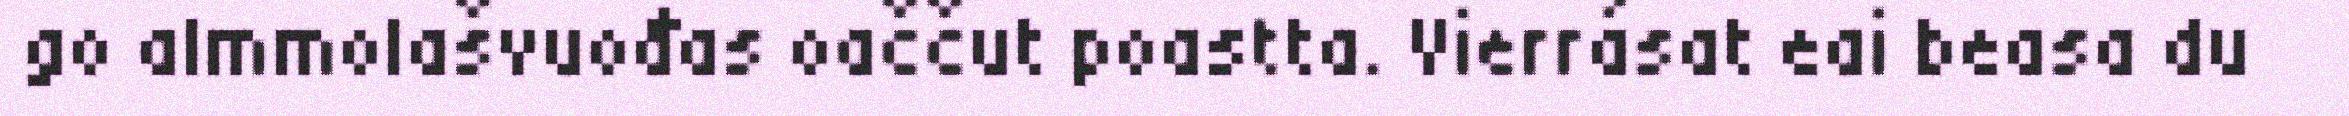
go almmolašvuođas oaččut poastta. Vierrásat eai beasa du